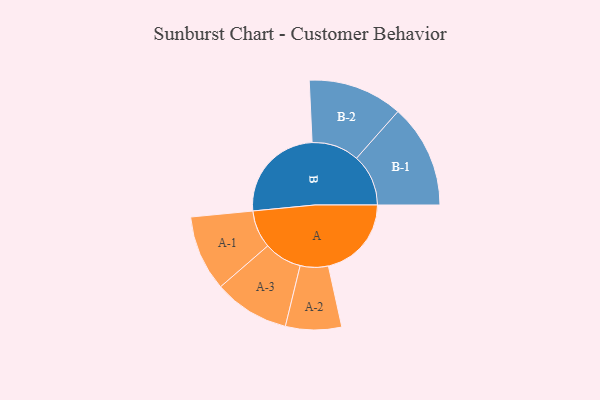
{"axis": {"x": "Segment", "y": "Value"}, "legend": ["", "A", "B"], "data": [{"x": "A", "y": 386, "type": ""}, {"x": "B", "y": 462, "type": ""}, {"x": "A-1", "y": 176, "type": "A"}, {"x": "A-2", "y": 130, "type": "A"}, {"x": "A-3", "y": 176, "type": "A"}, {"x": "B-1", "y": 241, "type": "B"}, {"x": "B-2", "y": 220, "type": "B"}]}